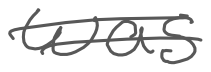
Text: was
Cross-out: double-line
Writing tool: digital_gray